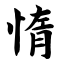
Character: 惰